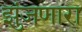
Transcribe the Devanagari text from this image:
झुंजणारा